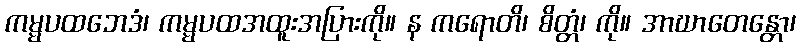
ကမ္မပထဘေဒံ၊ ကမ္မပထအထူးအပြားကို။ န ကရောတိ၊ စိတ္တံ၊ ကို။ အာဃာတေန္တော၊